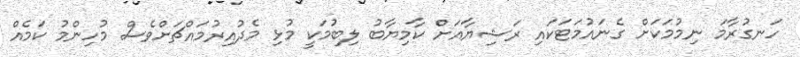
ހަނގުރާމަ ނިމުމަކަށް ގެނައުމަޓަކައި ރަޝިޔާއަށް ކާމިޔާބު ލިބުމަކީ މުޅި މެދުއިރުމައްޗަށްވެސް މުހިންމު ކަމެއް